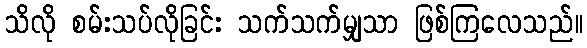
သိလို စမ်းသပ်လိုခြင်း သက်သက်မျှသာ ဖြစ်ကြလေသည်။